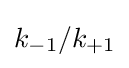
k_{-1}/k_{+1}